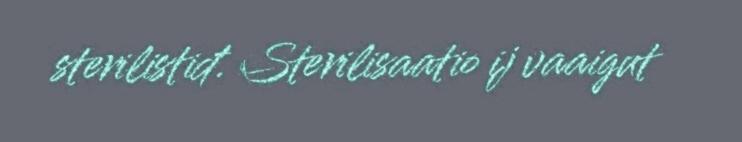
sterilistiđ. Sterilisaatio ij vaaigut